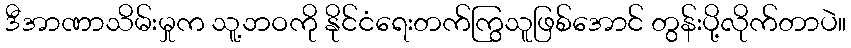
ဒီအာဏာသိမ်းမှုက သူ့ဘဝကို နိုင်ငံရေးတက်ကြွသူဖြစ်အောင် တွန်းပို့လိုက်တာပဲ။